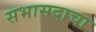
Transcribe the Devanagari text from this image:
सभासदाचा